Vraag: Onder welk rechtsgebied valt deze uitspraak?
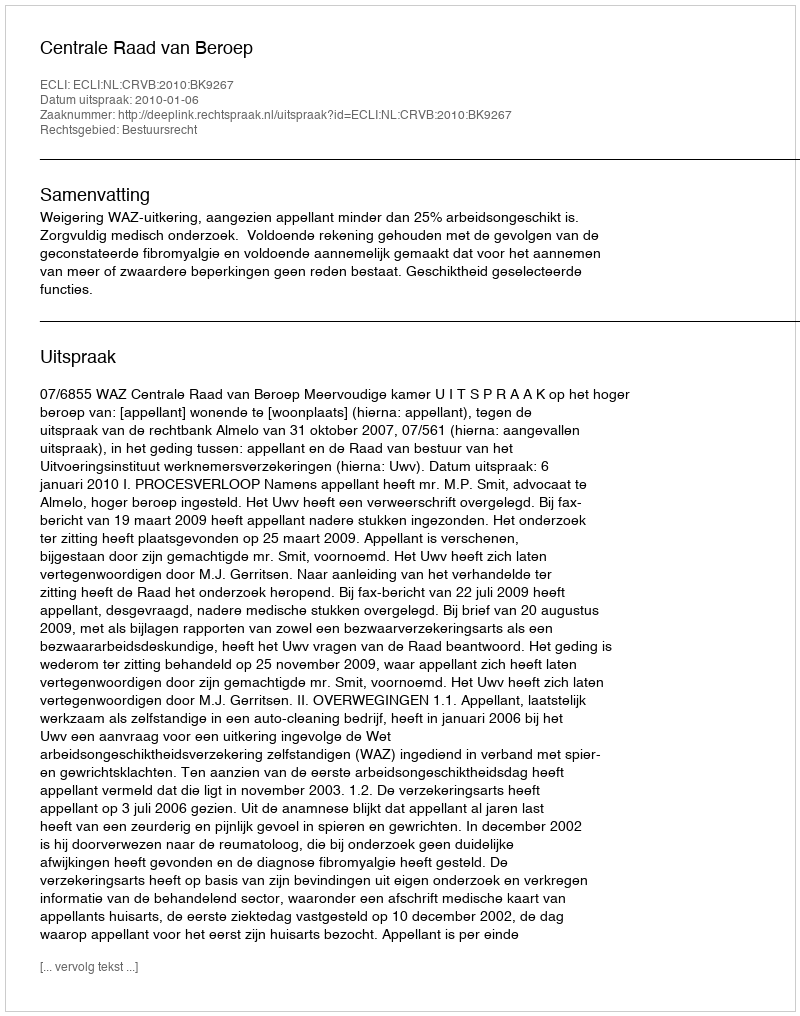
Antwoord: Bestuursrecht